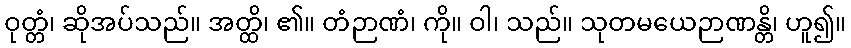
ဝုတ္တံ၊ ဆိုအပ်သည်။ အတ္ထိ၊ ၏။ တံဉာဏံ၊ ကို။ ဝါ၊ သည်။ သုတမယေဉာဏန္တိ၊ ဟူ၍။